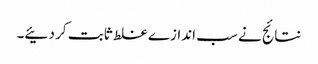
نتائج نے سب اندازے غلط ثابت کر دئیے۔